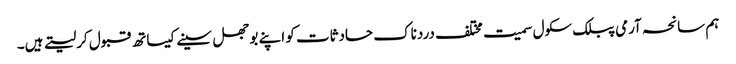
ہم سانحہ آرمی پبلک سکول سمیت مختلف دردناک حادثات کو اپنے بوجھل سینے کیساتھ قبول کرلیتے ہیں۔